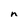
Character: n